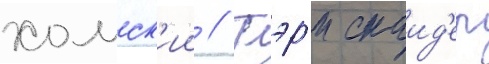
хомск'ии // Гэр'и снаид'ер